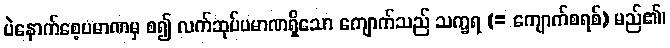
ပဲနောက်စေ့ပမာဏမှ စ၍ လက်ဆုပ်ပမာဏရှိသော ကျောက်သည် သက္ခရ (= ကျောက်စရစ်) မည်၏၊